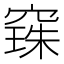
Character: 𮄌